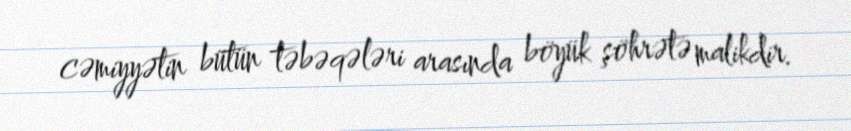
cəmiyyətin bütün təbəqələri arasında böyük şöhrətə malikdir.